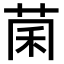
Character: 𫈂